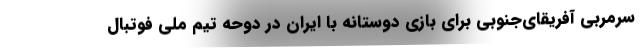
سرمربی آفریقای‌جنوبی برای بازی دوستانه با ایران در دوحه تیم ملی فوتبال